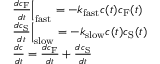
\begin{array} { r l } & { \frac { d c _ { \mathrm { F } } } { d t } \Big \vert _ { \mathrm { f a s t } } = - k _ { \mathrm { f a s t } } c ( t ) c _ { \mathrm { F } } ( t ) } \\ & { \frac { d c _ { \mathrm { S } } } { d t } \Big \vert _ { \mathrm { s l o w } } = - k _ { \mathrm { s l o w } } c ( t ) c _ { \mathrm { S } } ( t ) } \\ & { \frac { d c } { d t } = \frac { d c _ { \mathrm { F } } } { d t } + \frac { d c _ { \mathrm { S } } } { d t } } \end{array}